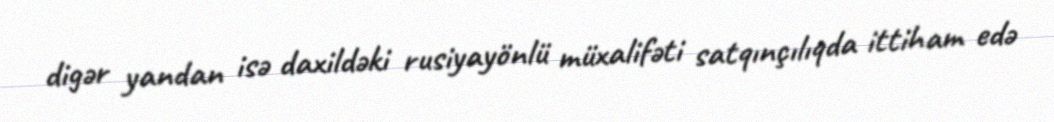
digər yandan isə daxildəki rusiyayönlü müxalifəti satqınçılıqda ittiham edə